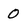
Character: 0